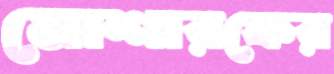
মোশারফের